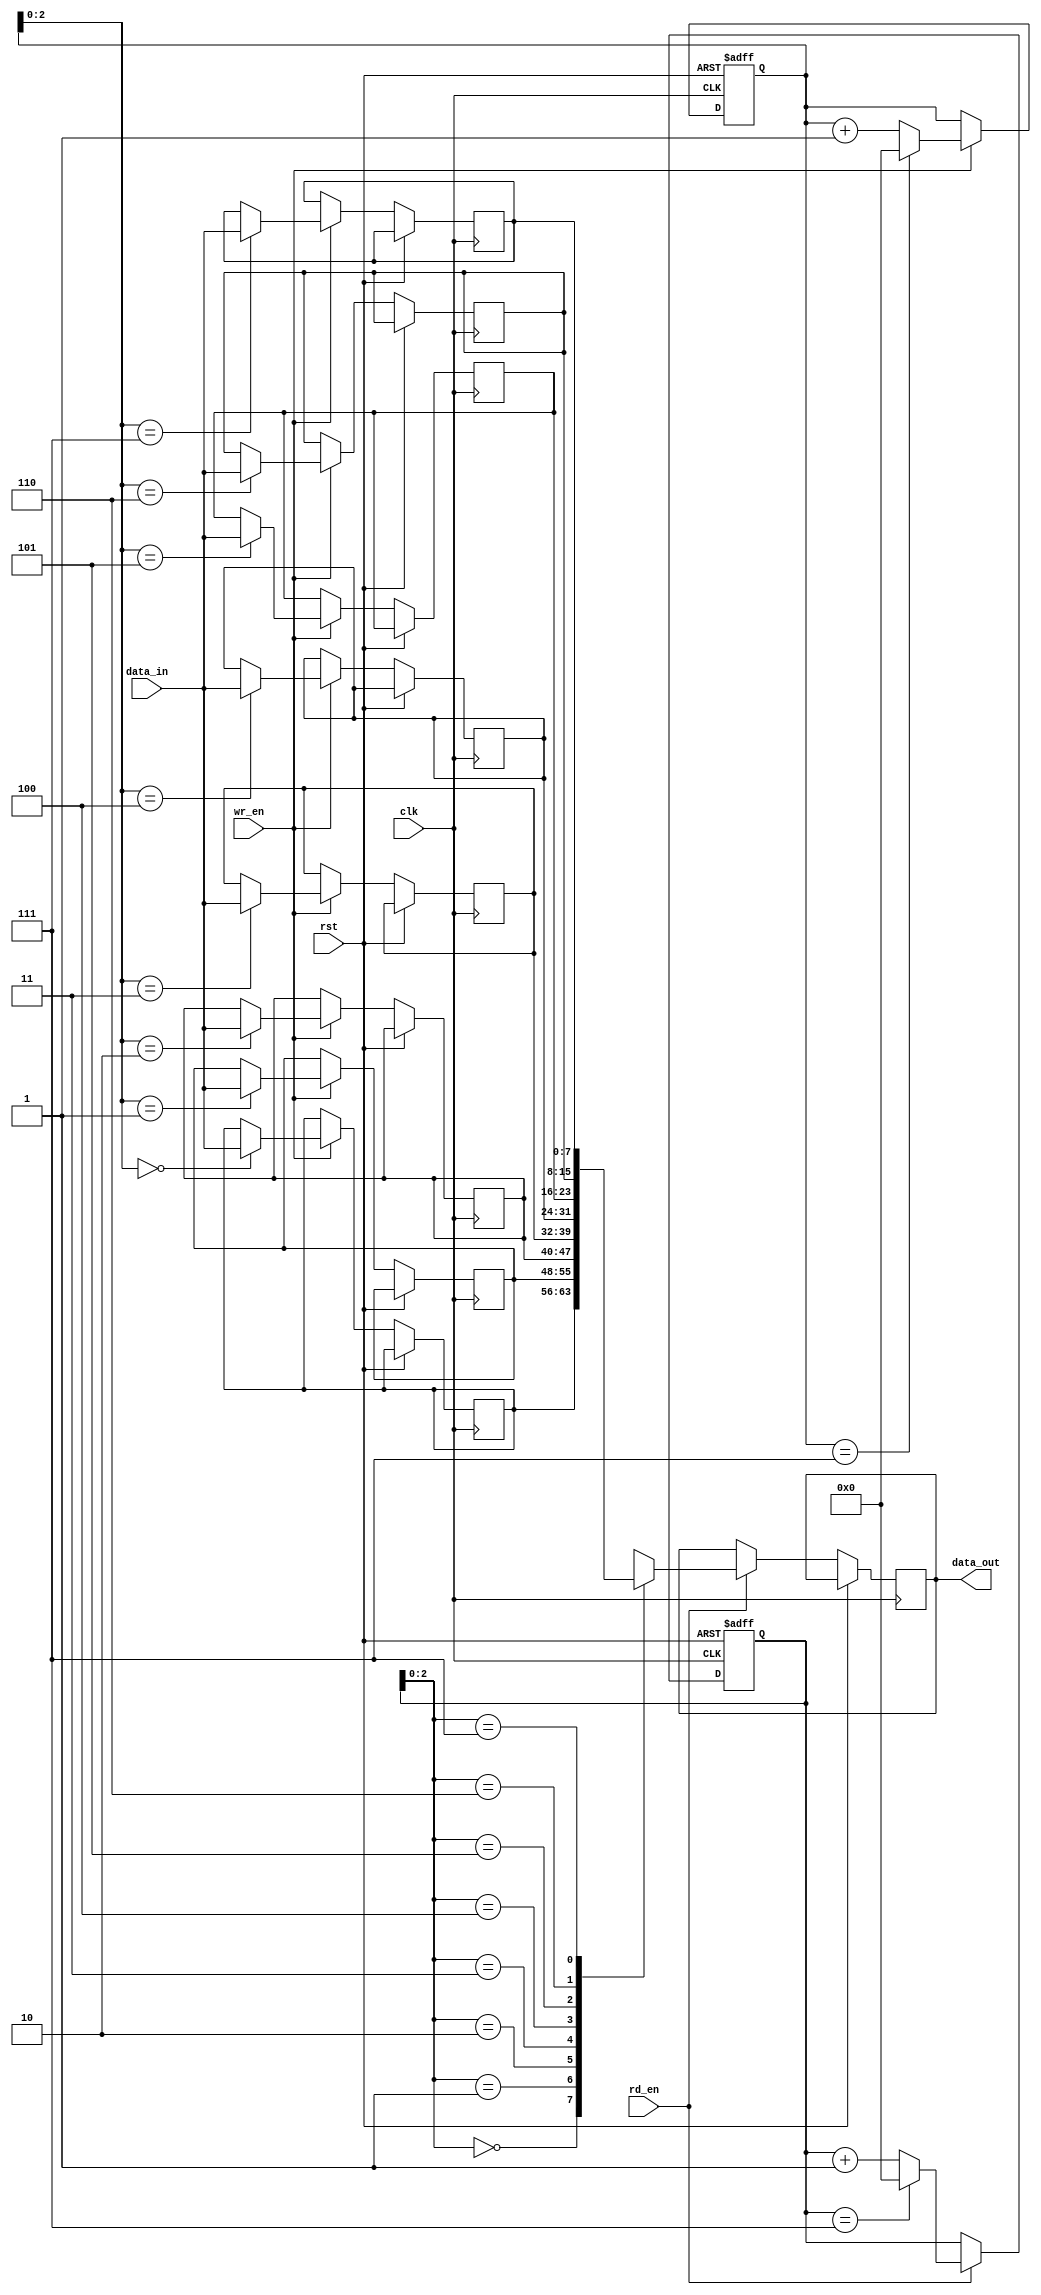
module Circular_FIFO (
    input wire clk,
    input wire rst,
    input wire wr_en,
    input wire rd_en,
    input wire [DATA_WIDTH-1:0] data_in,
    output reg [DATA_WIDTH-1:0] data_out
);

parameter BUFFER_SIZE = 8;
parameter DATA_WIDTH = 8;

reg [DATA_WIDTH-1:0] buffer[BUFFER_SIZE-1:0];
reg [31:0] read_ptr;
reg [31:0] write_ptr;

always @(posedge clk or posedge rst) begin
    if (rst) begin
        read_ptr <= 0;
        write_ptr <= 0;
    end else begin
        if (wr_en) begin
            buffer[write_ptr] <= data_in;
            write_ptr <= (write_ptr == BUFFER_SIZE-1) ? 0 : write_ptr + 1;
        end
        if (rd_en) begin
            data_out <= buffer[read_ptr];
            read_ptr <= (read_ptr == BUFFER_SIZE-1) ? 0 : read_ptr + 1;
        end
    end
end

endmodule